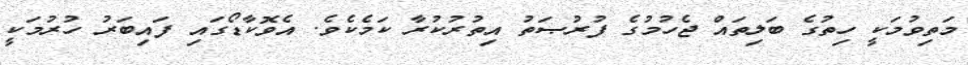
މަތިވުމަކީ ހިތުގެ ބަލިތައް ޖެހުމުގެ ފުރުޞަތު އިތުރުކުރާ ކަމެކެވެ. އެވޮކާޑޯގައި ފައިބަރު ހުރުމަކީ